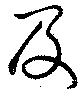
及